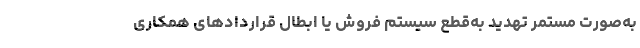
به‌صورت مستمر تهدید به‌قطع سیستم فروش یا ابطال قراردادهای همکاری